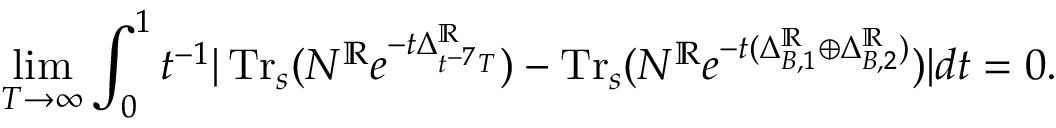
\operatorname* { l i m } _ { T \to \infty } \int _ { 0 } ^ { 1 } t ^ { - 1 } | \operatorname { T r } _ { s } ( N ^ { \mathbb { R } } e ^ { - t \Delta _ { t ^ { - 7 } T } ^ { \mathbb { R } } } ) - \operatorname { T r } _ { s } ( N ^ { \mathbb { R } } e ^ { - t ( \Delta _ { B , 1 } ^ { \mathbb { R } } \oplus \Delta _ { B , 2 } ^ { \mathbb { R } } ) } ) | d t = 0 .